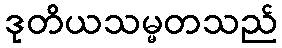
ဒုတိယသမ္မတသည်